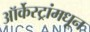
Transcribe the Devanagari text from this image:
ऑर्केस्ट्रांमधून